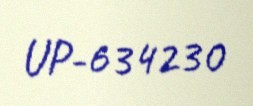
UP-634230